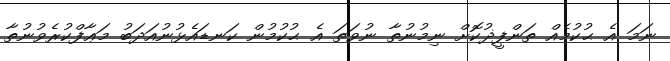
ނަމަ އެ ޙުކުމެއް ތަންފީޛުކޮށް ނިމުނުތާ ނުވަތަ އެ ޙުކުމުން ކަނޑައެޅުނުއަދަބު މަޢާފްކުރެވުނުތާ